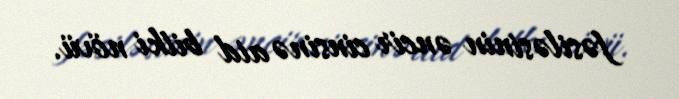
fəsiləsinin əncir cinsinə aid bitki növü.